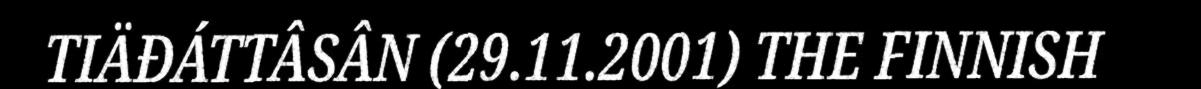
TIÄĐÁTTÂSÂN (29.11.2001) THE FINNISH